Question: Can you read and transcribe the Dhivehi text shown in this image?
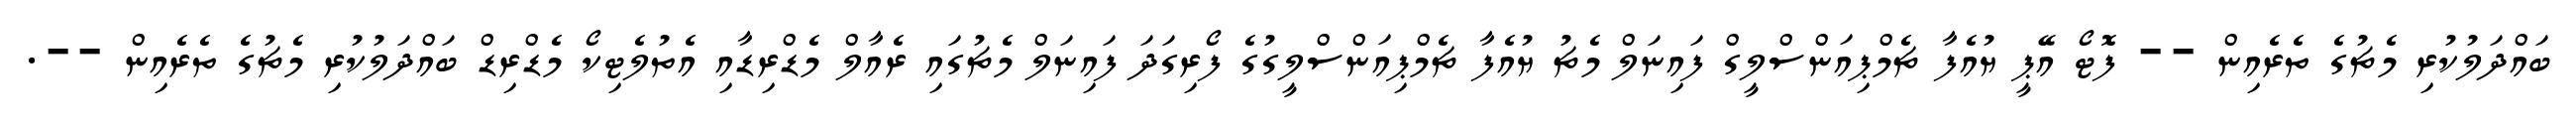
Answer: ބައްދަލުކުރި މެޗުގެ ތެރެއިން -- ފޮޓޯ އޭޕީ ޔުއެފާ ޗެމްޕިއަންސްލީގް ފައިނަލް މެޗު ޔުއެފާ ޗެމްޕިއަންސްލީގުގެ ފޯރިގަދަ ފައިނަލް މެޗުގައި ރެއާލް މެޑްރިޑާއި އެތުލެޓިކޯ މެޑްރިޑް ބައްދަލުކުރި މެޗުގެ ތެރެއިން --.